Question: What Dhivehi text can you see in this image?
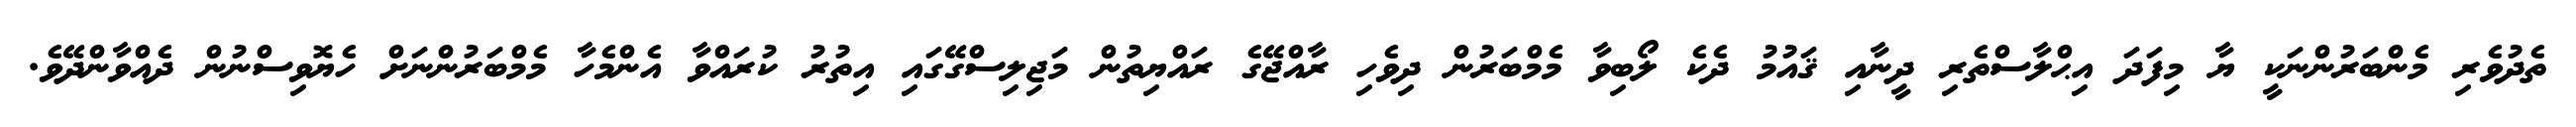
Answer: ތެދުވެރި މެންބަރުންނަކީ ޔާ މިފަދަ އިޙްލާސްތެރި ދީނާއި ޤައުމު ދެކެ ލޯބިވާ މެމްބަރުން ދިވެހި ރާއްޖޭގެ ރައްޔިތުން މަޖިލިސްގޭގައި އިތުރު ކުރައްވާ އެންމެހާ މެމްބަރުންނަށް ހެޔޮވިސްނުން ދެއްވާންދޭވެ.